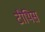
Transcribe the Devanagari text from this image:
टीथिस